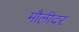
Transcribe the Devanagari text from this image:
मौलीदर